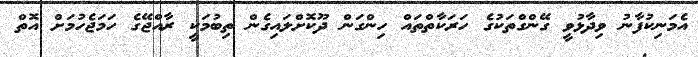
އެމަނިކުފާނު ވިދާޅުވީ ގޭންގްތަކުގެ ހަރަކާތްތައް ހިންގަން ދޫކޮށްލައިގެން ތިބުމަކީ ރާއްޖޭގެ ހަމަޖެހުމަށް އޮތް